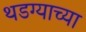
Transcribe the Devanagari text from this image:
थडग्याच्या